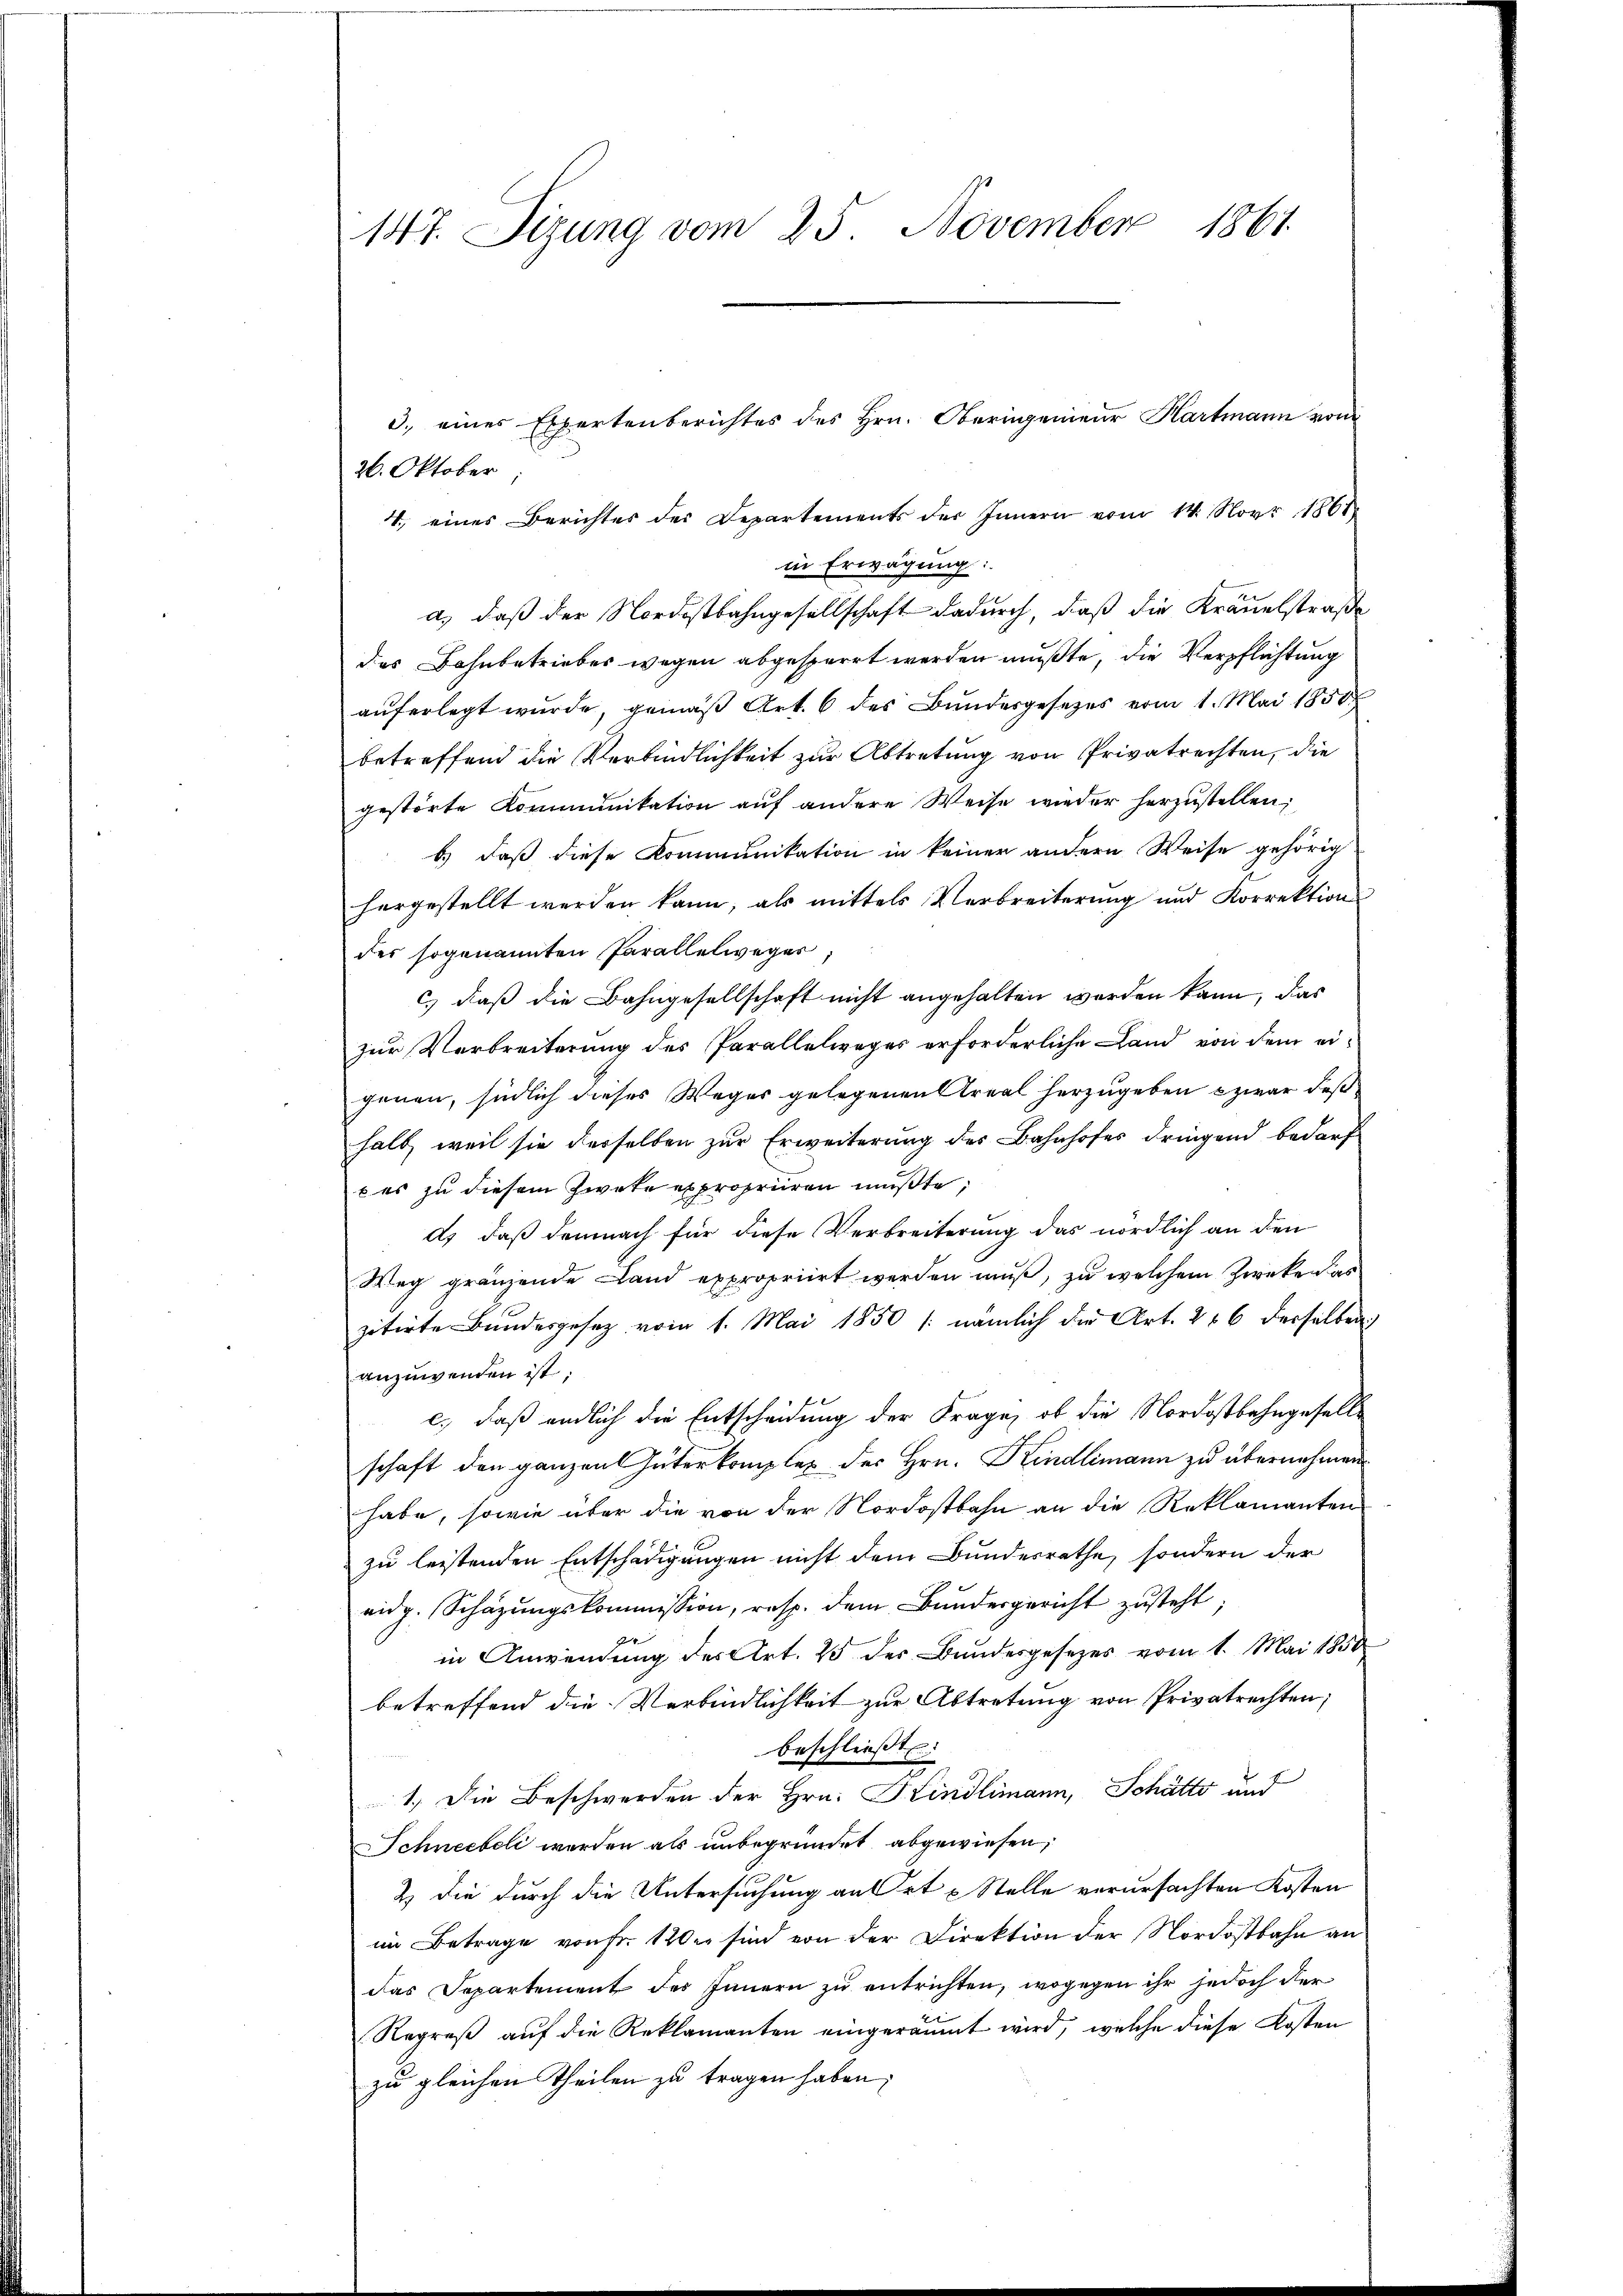
147. Sizung vom 25. November 1861

3. eines Expertenberichtes des Hrn. Oberingenieur Hartmann von
26. Oktober
4. eines Berichtes der Departements der Innern vom 14. Nov. 1861
in Erwägung:
a) daß der Nordostbahngesellschaft dadurch, daß die Kräuelstraße
des Bahnbetriebes wegen abgesperrt werden mußte, die Verpflichtung
auferlegt wurde, gemäß Art. 6 des Bundesgesezes vom 1. Mai 1850
betreffend die Verbindlichkeit zur Abtretung von Privatrechten, die
gestörte Kommunikation auf andere Weise wieder herzustellen,
b) daß diese Kommunikation in keiner andern Weise gehörig
hergestellt werden kann, als mittels Verbreiterung und Korrektion
des sogenannten Parallelweger,
c) daß die Bahngesellschaft nicht angehalten worden kann, das
zur Verbreiterung des Parallelweges erforderliche Land von dem eigenen, südlich dieses Weges gelegenen Areal herzugeben & zwar deß
halb, weil sie derselben zur Erweiterung des Bahnhofes dringend bedarf
b es zu diesem Zwete expropriiren müßte;
ds, daß demnach für diese Verbreiterung das nördlich an den
Weg gränzende Land expropriirt werden muß, zu welchem Zweken es
zitirte Bundesgesetz vom 1. Mai 1850 (nämlich die Art. 286 derselben
anzuwenden ist.
c.) daß endlich die Entscheidung der Frage, ob die Nordostbahngesellschaft den ganzen Güterkomplex des Hrn. Kindlimann zu übernehmen
habe, sowie über die von der Nordostbahn an die Reklamanten
zu leistenden Entschädigungen nicht dem Bundesrathe, sondern der
eidg. Schäzŭngskommission, resp. dem Bundergericht zŭsteht;
in Anwendung des Art. 25 des Bundesgesezes vom 1. Mai 1850
betreffend die Verbindlichkeit zur Abtretung von Privatrechten;
beschließt:
1. Die Beschwerden der Hrn. Kindlimann, Schätte und
Schneebeli werden als unbegründet abgewiesen,
2) Die durch die Untersuchung an Ort u Stelle verursachten Kosten
im Betrage von Fr. 120 er sind von der Direktion der Nordostbahn an
das Separtement des Innern zu entrichten, wogegen ihr jedoch der
Regreß auf die Reklamanten eingeräumt wird, welche diese Kosten
zu gleichen Theilen zu tragen haben;